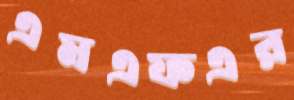
এমএফএর